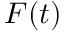
F ( t )